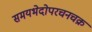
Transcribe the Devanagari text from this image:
समयभेदोपरचनचक्र